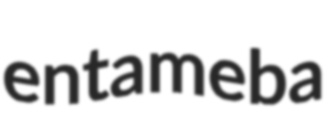
entameba